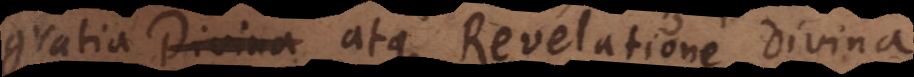
gratia Divina atque Revelatione divina